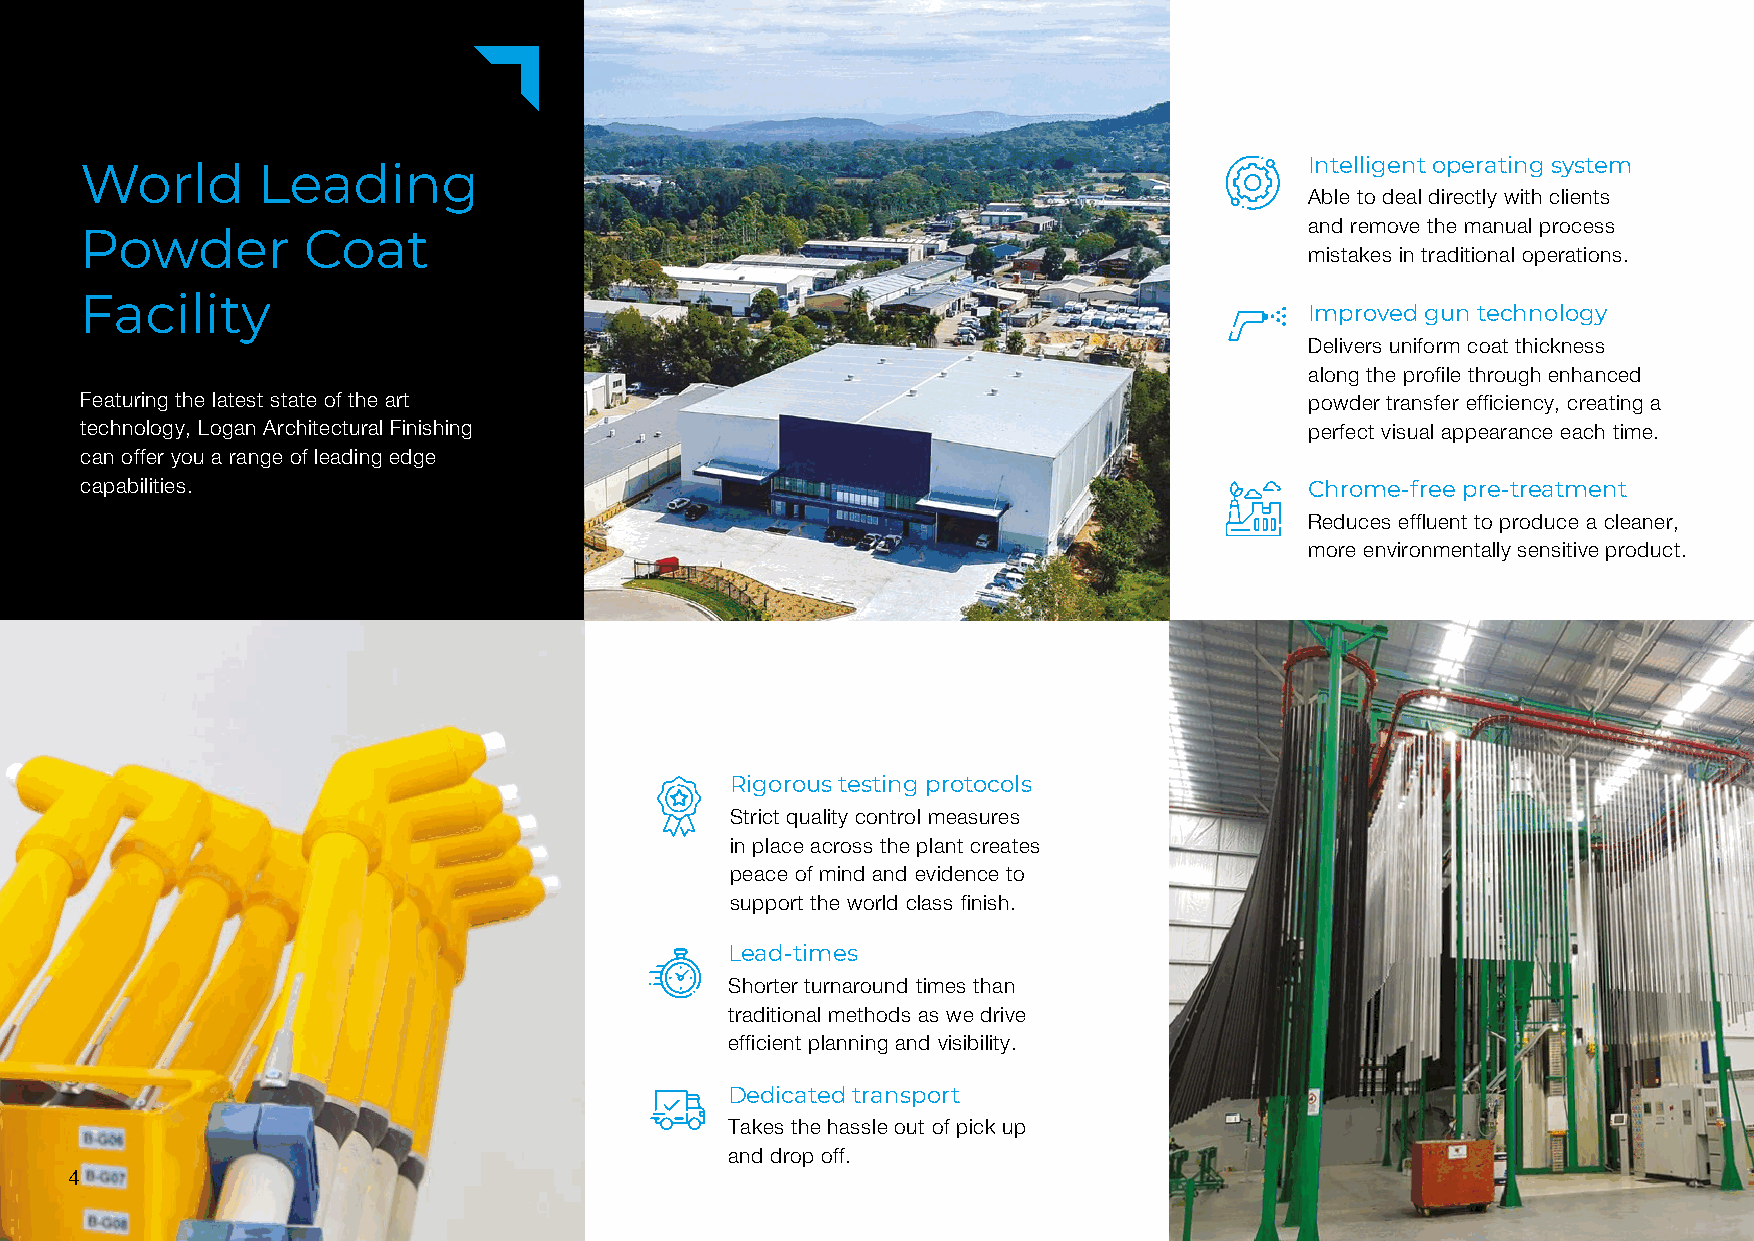
Intelligent operating system
 World       Leading
 Able to deal directly with clients
 and remove the manual process
 Powder         Coat
 mistakes in traditional operations.
 Facility
 Improved gun technology
 Delivers uniform coat thickness
 along the profile through enhanced
 Featuring the latest state of the art                                             powder transfer efficiency, creating a
 technology, Logan Architectural Finishing                                         perfect visual appearance each time.
 can offer you a range of leading edge
 capabilities.                                                                     Chrome-free pre-treatment
 Reduces effluent to produce a cleaner,
 more environmentally sensitive product.
 Rigorous testing protocols
 Strict quality control measures
 in place across the plant creates
 peace of mind and evidence to
 support the world class finish.
 Lead-times
 Shorter turnaround times than
 traditional methods as we drive
 efficient planning and visibility.
 Dedicated transport
 Takes the hassle out of pick up
 and drop off.
 4